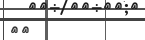
٦٩